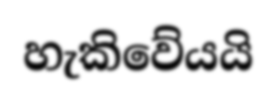
හැකිවේයයි